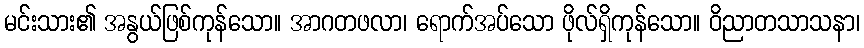
မင်းသား၏ အနွယ်ဖြစ်ကုန်သော။ အာဂတဖလာ၊ ရောက်အပ်သော ဖိုလ်ရှိကုန်သော။ ဝိညာတသာသနာ၊